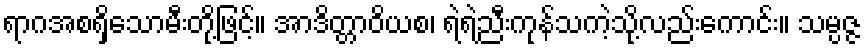
ရာဂအစရှိသောမီးတို့ဖြင့်။ အာဒိတ္တာဝိယစ၊ ရဲရဲညီးကုန်သကဲ့သို့လည်းကောင်း။ သမ္ပဇ္ဇ